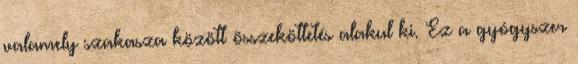
valamely szakasza között összeköttetés alakul ki. Ez a gyógyszer